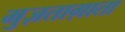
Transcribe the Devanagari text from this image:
मुज़ताग़ाता